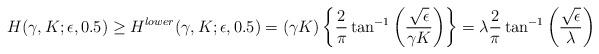
LaTeX: \begin{align*}&H(\gamma, K; \epsilon,0.5) \geq H^{lower}(\gamma,K;\epsilon,0.5)= (\gamma K) \left\{\frac{2}{\pi}\tan^{-1}\left(\frac{\sqrt{\epsilon}}{\gamma K}\right)\right\}= \lambda \frac{2}{\pi}\tan^{-1}\left(\frac{\sqrt{\epsilon}}{\lambda}\right)\end{align*}